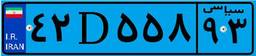
۸۷D۸۹۶۵۷